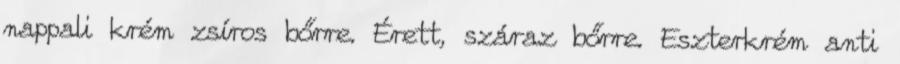
nappali krém zsíros bőrre. Érett, száraz bőrre. Eszterkrém anti